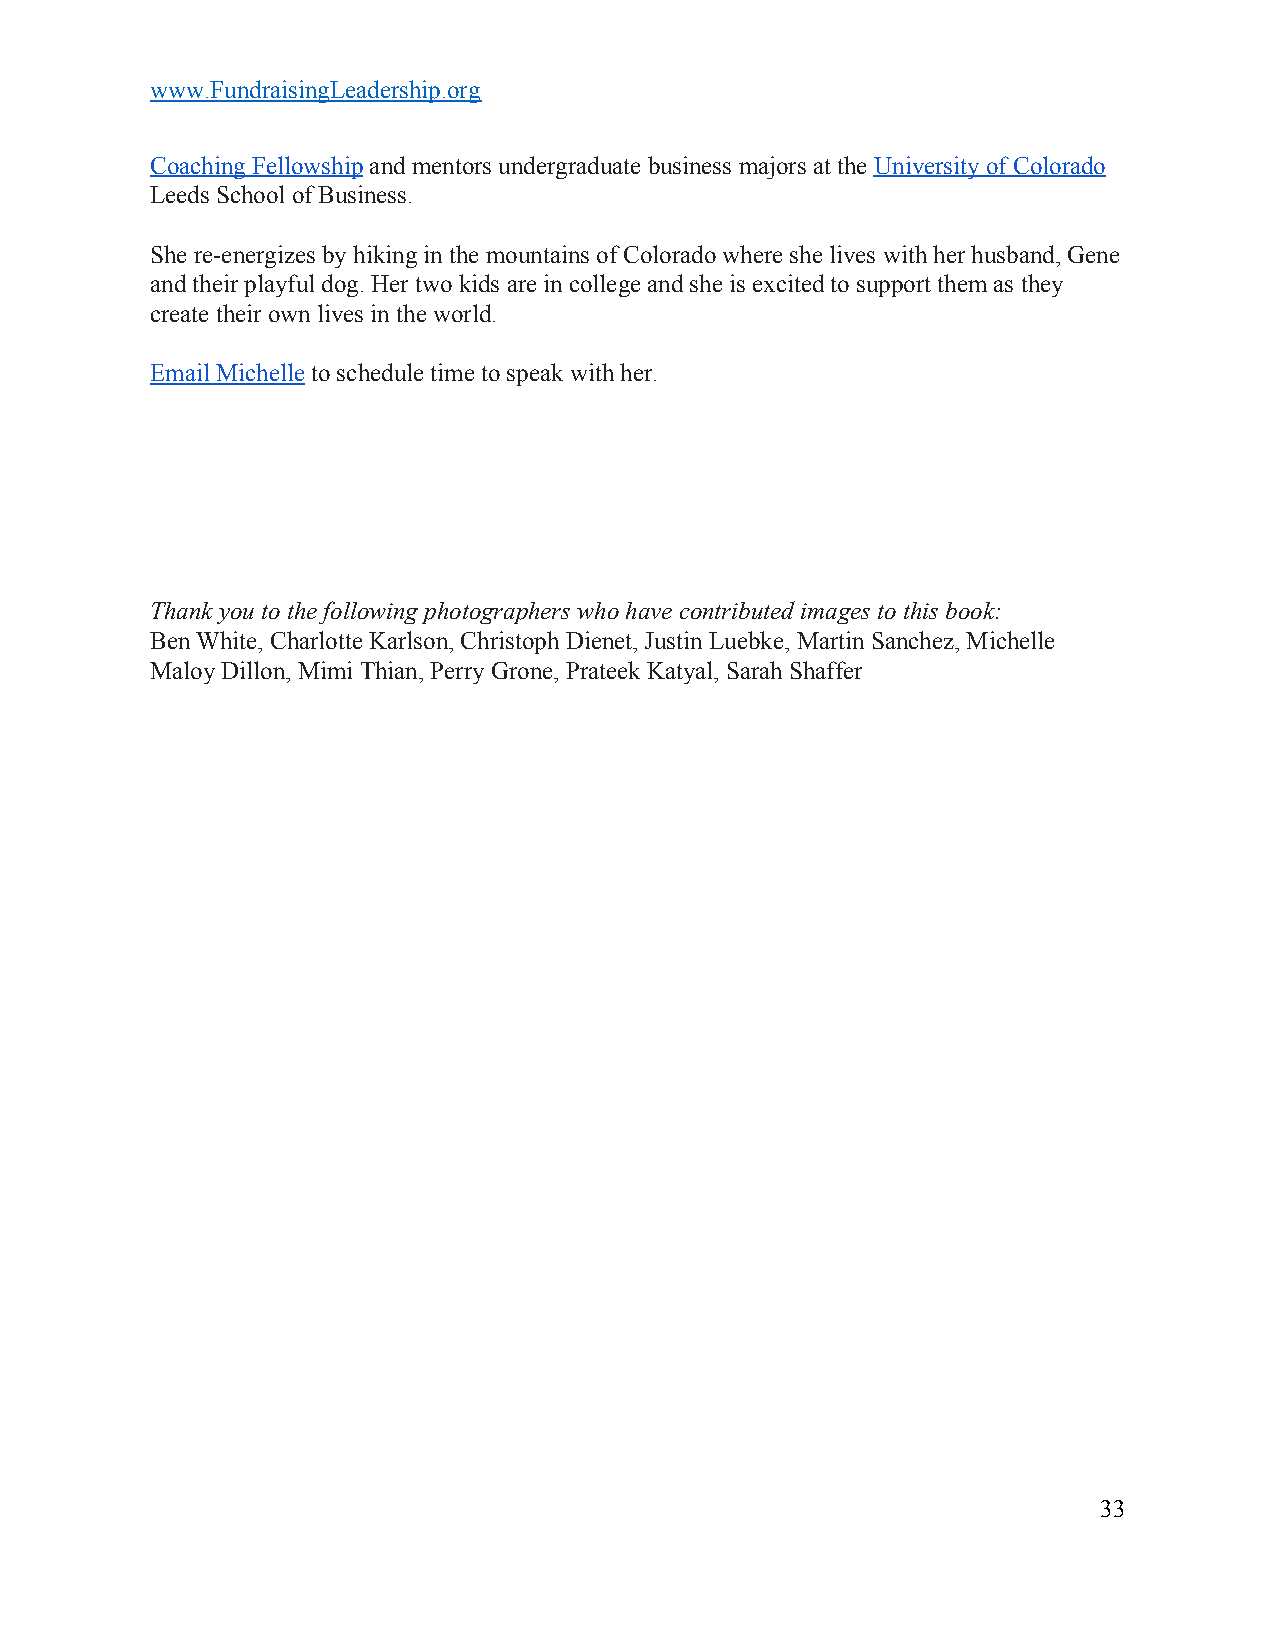
www.FundraisingLeadership.org
 Coaching Fellowship and mentors undergraduate business majors at the University of Colorado
 ​                                 ​
 Leeds School of Business.
 She re-energizes by hiking in the mountains of Colorado where she lives with her husband, Gene
 and their playful dog. Her two kids are in college and she is excited to support them as they
 create their own lives in the world.
 Email Michelle to schedule time to speak with her.
 ​
 Thank you to the following photographers who have contributed images to this book:
 Ben White, Charlotte Karlson, Christoph Dienet, Justin Luebke, Martin Sanchez, Michelle
 Maloy Dillon, Mimi Thian, Perry Grone, Prateek Katyal, Sarah Shaffer
 33